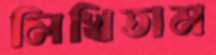
লিখিতাম